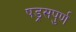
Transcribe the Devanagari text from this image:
षड्रसपुर्ण